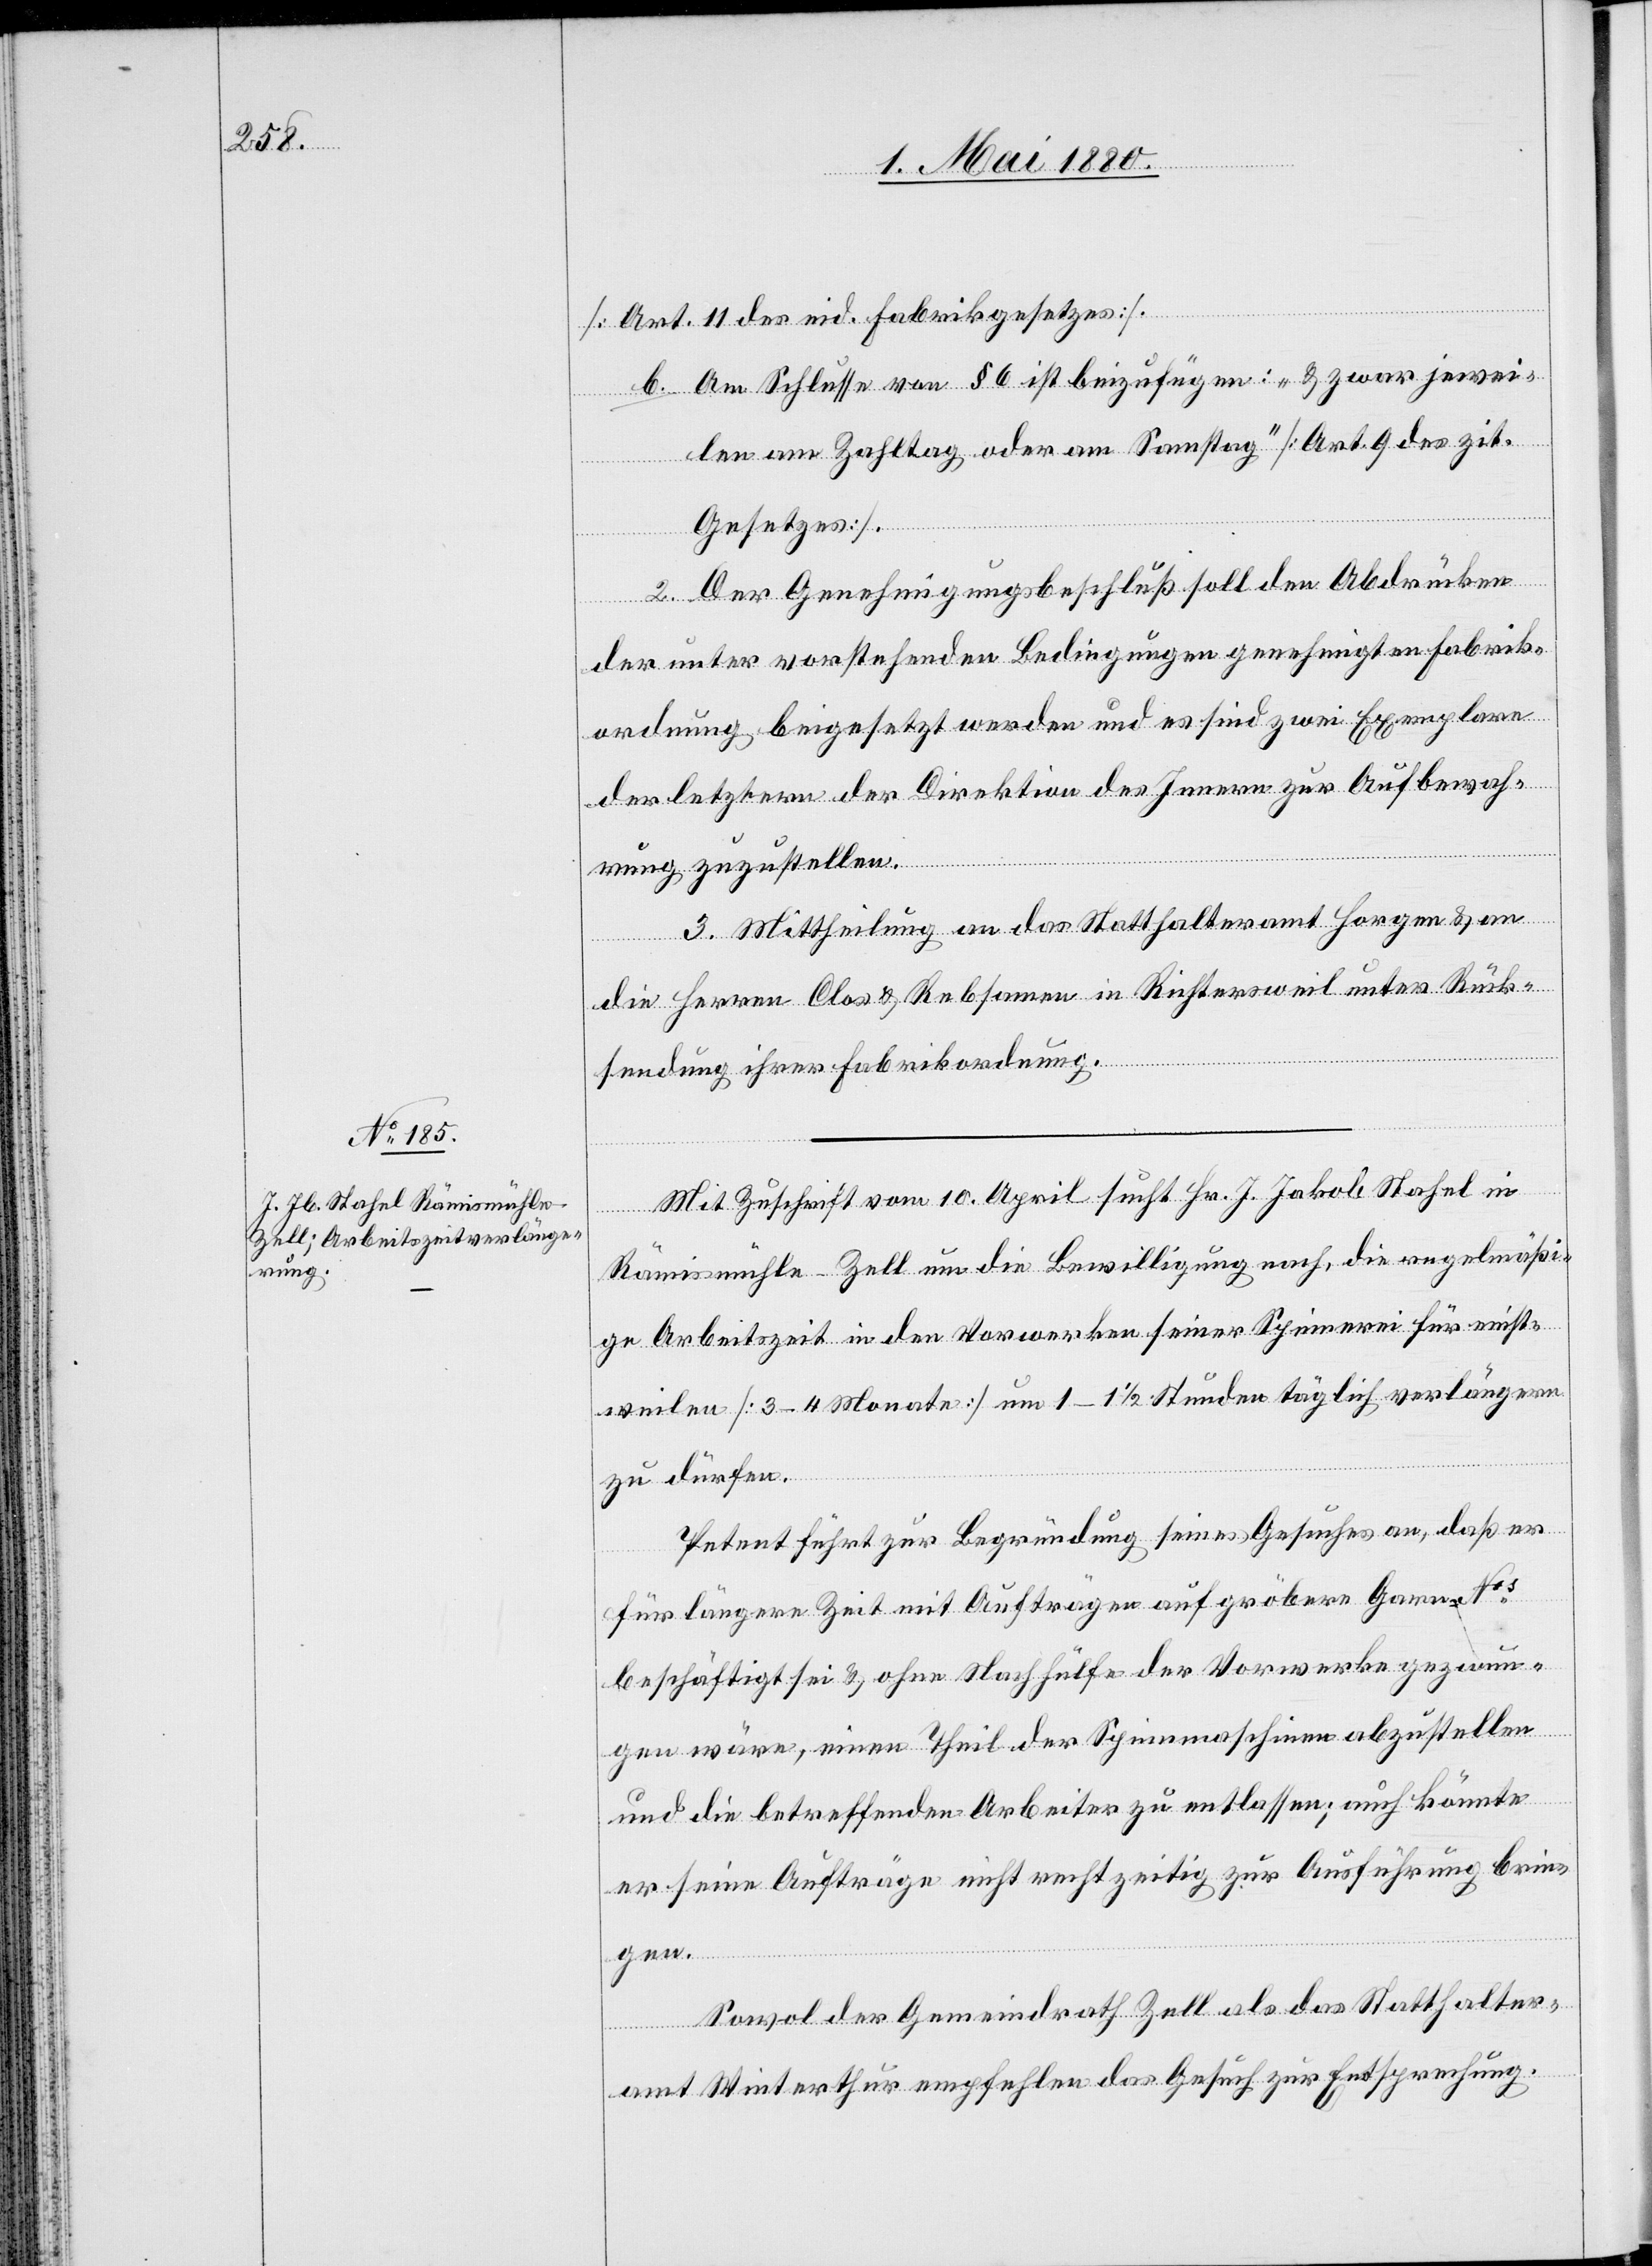
[Art. 11 des eid. Fabrikgesetzes].
b. Am Schlusse von § 6 ist beizufügen: „& zwar jewei¬
len am Zahltag oder am Samstag“ [Art. 9 des zit.
Gesetzes].
2. Der Genehmigungsbeschluß soll den Abdrücken
der unter vorstehenden Bedingungen genehmigten Fabrik¬
ordnung beigesetzt werden und es sind zwei Exemplare
der letztern der Direktion des Innern zur Aufbewah¬
rung zuzustellen.
3. Mittheilung an das Statthalteramt Horgen & an
die Herren Clos & Rebsamen in Richtersweil unter Rück¬
sendung ihrer Fabrikordnung.
Mit Zuschrift vom 10. April sucht Hr. J. Jakob Stahel in
Rämismühle - Zell um die Bewilligung nach, die regelmäßi¬
ge Arbeitszeit in den Vorwerken seiner Spinnerei für einst¬
weilen [3–4 Monate] um 1–1 1/2 Stunden täglich verlängern
zu dürfen.
Petent führt zur Begründung seines Gesuches an, daß er
für längere Zeit mit Aufträgen auf gröbere Garne Nos
beschäftigt sei & ohne Nachhülfe der Vorwerke gezwun¬
gen wäre, einen Theil der Spinnmaschinen abzustellen
und die betreffenden Arbeiter zu entlassen; auch könnte
er seine Aufträge nicht rechtzeitig zur Ausführung brin¬
gen.
Sowol der Gemeindrath Zell als das Statthalter¬
amt Winterthur empfehlen das Gesuch zur Entsprechung.